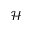
\mathcal { H }